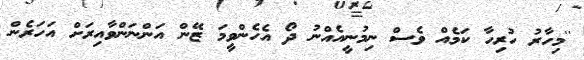
''މިހާރު ހުރިހާ ކަމެއް ވެސް ނިމުނީއެއްނު ދޯ އެހެންވީމަ ޒޭން އަންނަންވާއިރަށް އަހަރެން